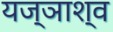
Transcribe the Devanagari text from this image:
यज्ञाश्व